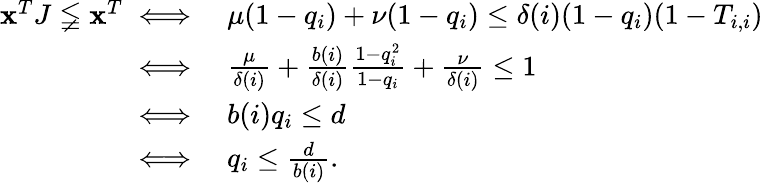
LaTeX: \begin{array}{rl}{\mathbf{x}^{T}J\lneqq\mathbf{x}^{T}\iff}&{\mu(1-q_{i})+\nu(1-q_{i})\leq\delta(i)(1-q_{i})(1-T_{i,i})}\\ {\iff}&{\frac{\mu}{\delta(i)}+\frac{b(i)}{\delta(i)}\frac{1-q_{i}^{2}}{1-q_{i}}+\frac{\nu}{\delta(i)}\leq 1}\\ {\iff}&{b(i)q_{i}\leq d}\\ {\iff}&{q_{i}\leq\frac{d}{b(i)}.}\end{array}